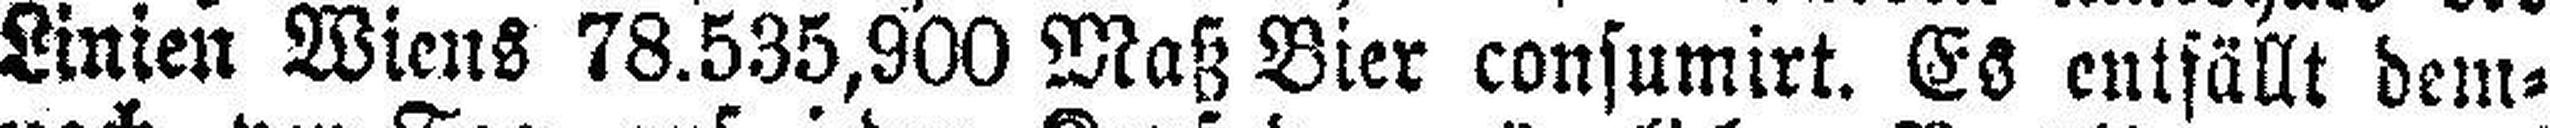
Linien Wiens 78.535,900 Maß Bier consumirt. Es entfällt dem¬